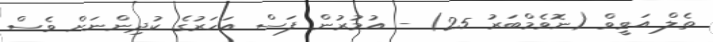
ތެލް އަވީވް (ނޮވެމްބަރު 25) - އުމުރުން ފަސް އަހަރުގެ ކުދިންނަށް ވެސް